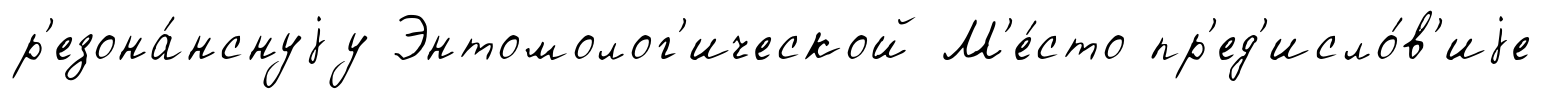
р'езона́нснуjу Энтомолог'ической М'е́сто пр'ед'исло́в'иjе